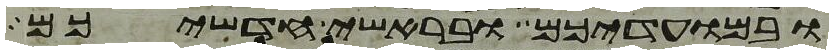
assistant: ובמועדיכם ובראשי חדשיכם